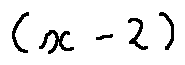
( x - 2 )